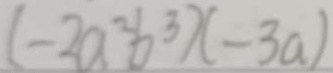
( - 2 a ^ { 2 } b ^ { 3 } ) ( - 3 a )